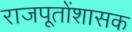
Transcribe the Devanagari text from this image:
राजपूतोंशासक